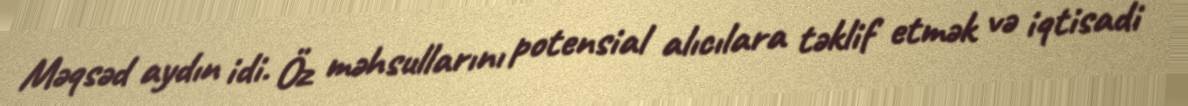
Məqsəd aydın idi. Öz məhsullarını potensial alıcılara təklif etmək və iqtisadi